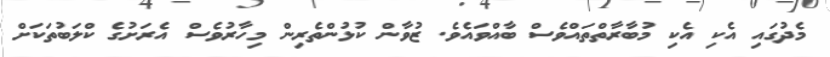
މެދުގައި އެކި އެކި މުުބާރާތްތައްވެސް ބާއްވައެވެ. ޒުވާން ކުޅުންތެރިން މިހާރުވެސް އެރަށުގެ ކްލަބުތަކަށް